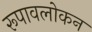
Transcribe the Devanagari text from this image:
रूपावलोकन